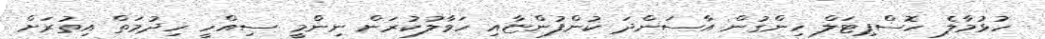
ހުޅުމާލެ ހޮސްޕިޓަލް ހިންގުން އާސަންދަ ކުންފުންޏާއި ހަވާލުކުރަން ނިންމީ ސިއްހީ ހިދުމަތް އިތުރަށް